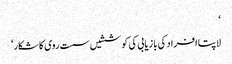
‘
لاپتا افراد کی بازیابی کی کوششیں سست روی کا شکار‘